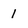
Character: 1